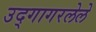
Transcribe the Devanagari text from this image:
उद्गागरलेले